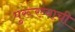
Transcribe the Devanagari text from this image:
पुरूरव्याची